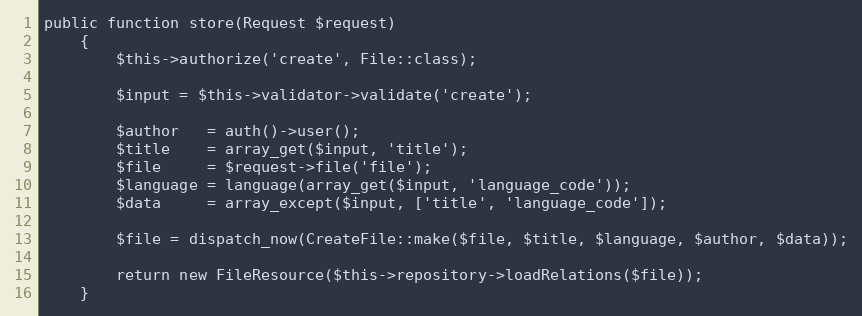
Language: PHP
public function store(Request $request)
    {
        $this->authorize('create', File::class);

        $input = $this->validator->validate('create');

        $author   = auth()->user();
        $title    = array_get($input, 'title');
        $file     = $request->file('file');
        $language = language(array_get($input, 'language_code'));
        $data     = array_except($input, ['title', 'language_code']);

        $file = dispatch_now(CreateFile::make($file, $title, $language, $author, $data));

        return new FileResource($this->repository->loadRelations($file));
    }